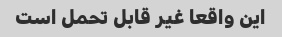
این واقعا غیر قابل تحمل است